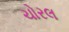
ચોરલ